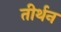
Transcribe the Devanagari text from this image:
तीर्थन